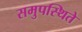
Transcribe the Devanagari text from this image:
समुपस्थिते